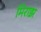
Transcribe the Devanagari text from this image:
मिराझ